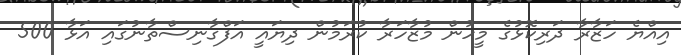
އިއްޔެ ހަޒާރާ ދަރިކޮޅުގެ މީހުން މުޒާހަރާ ކުރަމުން ދިޔައީ އަފްގާނިސްތާނުގައި އަޅާ 500